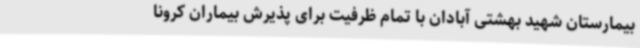
بیمارستان شهید بهشتی آبادان با تمام ظرفیت برای پذیرش بیماران کرونا